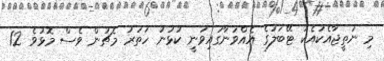
މި ނަތީޖާއެކުއެކު ޓޭބަލުގެ އެއްވަނާގައިވަނީ ކުޅުނު ހަތަރު މެޗުން ވެސް މޮޅުވެ 12